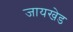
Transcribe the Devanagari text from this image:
जायखेड